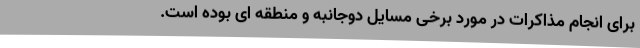
برای انجام مذاکرات در مورد برخی مسایل دوجانبه و منطقه ای بوده است.